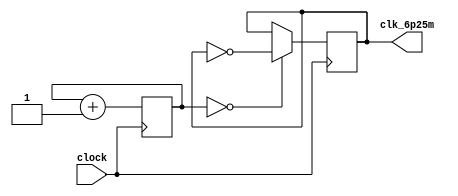
`timescale 1ns / 1ps
//////////////////////////////////////////////////////////////////////////////////
// Company: 
// Engineer: 
// 
// Design Name: 
// Module Name: clk6p25m
// Project Name: 
// Target Devices: 
// Tool Versions: 
// Description: 
// 
// Dependencies: 
// 
// Revision:
// Revision 0.01 - File Created
// Additional Comments:
// 
//////////////////////////////////////////////////////////////////////////////////


module clk6p25m(
    input clock,
    output reg clk_6p25m
    );
        reg [2:0] count1 = 3'd0;
        
        initial begin 
        clk_6p25m = 0;
        end 
        
        always@(posedge clock) 
        begin
        count1 <= count1 + 1 ;
        clk_6p25m <= (count1 == 0) ? ~clk_6p25m : clk_6p25m;

        end

endmodule